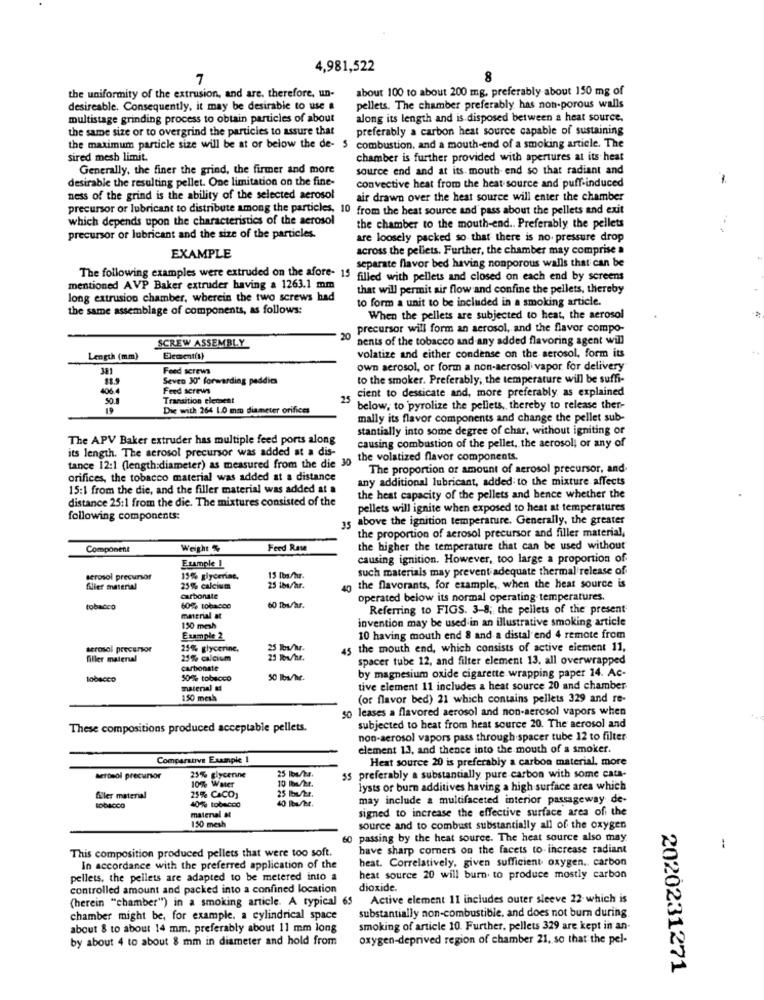
4,981,522
7
8
about 100 to about 200 mg, preferably about 150 mg of
the uniformity of the extrusion, and are. therefore, un-
desireable. Consequently, it may be desirable to use a
pellets. The chamber preferably has non-porous walls
multistage grinding process to obtain particles of about
along its length and is disposed between a heat source.
the same size or to overgrind the particles to assure that
preferably a carbon heat source capable of sustaining
the maximum particle size will be at or below the de- 5 combustion, and a mouth-end of a smoking article. The
sired mesh limit.
chamber is further provided with apertures at its heat
Generally, the finer the grind, the firmer and more
source end and at its. mouth end so that radiant and
desirable the resulting pellet. One limitation on the fine-
-
convective heat from the heat source and puff-induced
ness of the grind is the ability of the selected aerosol
air drawn over the heat source will enter the chamber
precursor or lubricant to distribute among the particles. 10 from the heat source and pass about the pellets and exit
which depends upon the characteristics of the aerosol
the chamber to the mouth-end .. Preferably the pellets
precursor or lubricant and the size of the particles.
are loosely packed so that there is no pressure drop
across the pellets. Further, the chamber may comprise a
EXAMPLE
separate flavor bed having nonporous walls that can be
The following examples were extruded on the afore- 15 filled with pellets and closed on each end by screens
mentioned AVP Baker extruder having a 1263.1 mm
that will permit air flow and confine the pellets, thereby
long extrusion chamber, wherein the two screws had
to form a unit to be included in a smoking article.
the same assemblage of components, as follows:
When the pellets are subjected to heat, the aerosol
precursor will form an acrosol, and the flavor compo-
nents of the tobacco and any added flavoring agent will
SCREW ASSEMBLY
Length (mm)
Elementis)
volatize and either condense on the aerosol, form its
Feed screws
own aerosol, or form a non-aerosol vapor, for delivery
Seven 30' forwarding paddie
to the smoker. Preferably, the temperature will be suffi-
406
Feed screws
cient to dessicate and, more preferably, as explained
Transition element
25
19
Die with 264 1.0 mm diameter orifices
below, to pyrolize the pellets, thereby to release ther-
mally its flavor components and change the pellet sub-
stantially into some degree of char, without igniting or
The APV Baker extruder has multiple feed ports along
its length. The aerosol precursor was added at a dis-
causing combustion of the pellet, the aerosol, or any of
the volatized flavor components.
tance 12:1 (length:diameter) as measured from the die 30
The proportion of amount of aerosol precursor, and.
orifices, the tobacco material was added at a distance
any additional lubricant, added to the mixture affects
15:1 from the die, and the filler material was added at a
distance 25:1 from the die. The mixtures consisted of the
the heat capacity of the pellets and bence whether the
pellets will ignite when exposed to heat at temperatures
following components:
15 above the ignition temperature. Generally, the greater
the proportion of aerosol precursor and filler material,
Component
Weight
Ferd Rate
the higher the temperature that can be used without
Example 1
causing ignition. However, too large a proportion of
such materials may prevent adequate thermal release of
serosol precursor
15% glycerine.
filler material
25% calcium
25 ibs/hr.
40
the flavorants, for example, when the heat source is
carbonate
operated below its normal operating temperatures.
tobacco
60% tobacco
60 Ibufar.
Referring to FIGS. 3-8; the pellets of the present
material at
invention may be used in an illustrative smoking article
150 mesh
Example 2
10 having mouth end 8 and a distal end 4 remote from
aerosol precursor
25% glycerine.
25 lbs/M.
45 the mouth end, which consists of active element 11,
filler material
25% calcium
25 Tow/hr.
spacer tube 12, and filter element 13. all overwrapped
carbonate
50% tobacco
50 lbs/hc.
by magnesium oxide cigarette wrapping paper 14. Ac-
material &
tive element 11 includes a heat source 20 and chamber
150 mesh
(or flavor bed) 21 which contains pellets 329 and re-
so leases a flavored aerosol and non-aerosol vapors when
These compositions produced acceptable pellets.
subjected to heat from heat source 20. The aerosol and
non-aerosol vapors pass through spacer tube 12 to filter
element 13, and thence into the mouth of a smoker.
Comparative Example 1
Heat source 20 is preferably a carbon material, more
aerosol precursor
25% glycerine
10% Water
55 preferably a substantially pure carbon with some cata-
10 /ba/hr.
25 lbs/hr.
lysts or burn additives having a high surface area which
fler material
40% tobacco
25% CaCO,
40 Ibufet.
may include a multifaceted interior passageway de-
signed to increase the effective surface area of the
material &
150 mesh
source and to combust substantially all of the oxygen
60 passing by the heat source. The heat source also may
1
have sharp comers on the facets to- increase radiant
This composition produced pellets that were too soft.
heat. Correlatively, given sufficient oxygen. carbon
In accordance with the preferred application of the
pellets, the pellets are adapted to be metered into a
heat source 20 will burn. to produce mostly carbon
controlled amount and packed into a confined location
dioxide.
(herein "chamber") in a smoking article. A typical 65
Active element 11 includes outer sleeve 22 which is
substantially non-combustible, and does not burn during.
chamber might be, for example. a cylindrical space
about 8 to about 14 mm. preferably about 11 mm long
smoking of article 10. Further, pellets 329 are kept in an-
by about 4 to about 8 mm in diameter and hold from
oxygen-deprived region of chamber 21, so that the pel-
2020231271